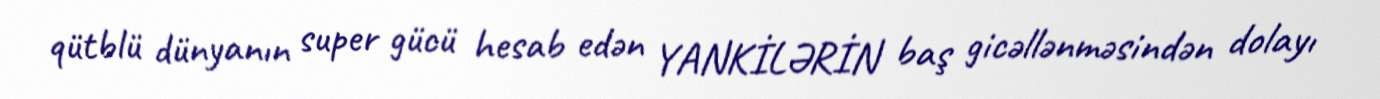
qütblü dünyanın super gücü hesab edən YANKİLƏRİN baş gicəllənməsindən dolayı